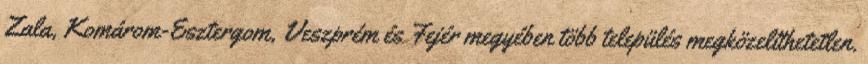
Zala, Komárom-Esztergom, Veszprém és Fejér megyében több település megközelíthetetlen.